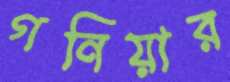
গনিয়ার